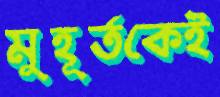
মুহূর্তকেই